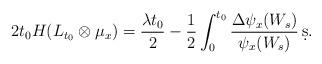
LaTeX: \begin{align*} 2 t_0 H(L_{t_0}\otimes \mu_x) = \frac{\lambda t_0}2 - \frac 12 \int_0^{t_0} \frac {\Delta \psi_x(W_s)}{\psi_x(W_s)}\, \d s. \end{align*}